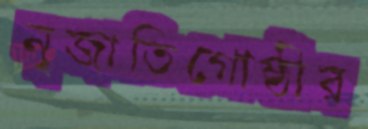
নৃজাতিগোষ্ঠীর